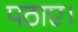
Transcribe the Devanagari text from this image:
पठाए।